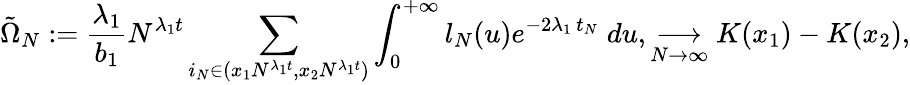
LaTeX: \tilde{\Omega}_{N}:=\frac{\lambda_{1}}{b_{1}}N^{\lambda_{1}t}\sum_{i_{N}\in(x_{1}N^{\lambda_{1}t},x_{2}N^{\lambda_{1}t})}\int_{0}^{+\infty}l_{N}(u)e^{-2\lambda_{1}\, t_{N}}\; du,\underset{N\to\infty}{\longrightarrow}K(x_{1})-K(x_{2}),